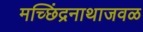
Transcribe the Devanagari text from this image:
मच्छिंद्रनाथाजवळ